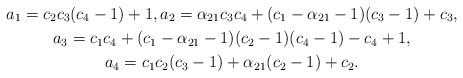
\begin{gather*}a_1= c_2 c_3 (c_4-1)+1, a_2=\alpha_{21} c_3 c_4+ (c_1-\alpha_{21}-1)(c_3-1)+ c_3,\\a_3= c_1c_4+ (c_1-\alpha_{21}-1)(c_2- 1)(c_4-1)-c_4+1, \\a_4=c_1 c_2(c_3-1)+ \alpha_{21}(c_2-1)+ c_2.\end{gather*}